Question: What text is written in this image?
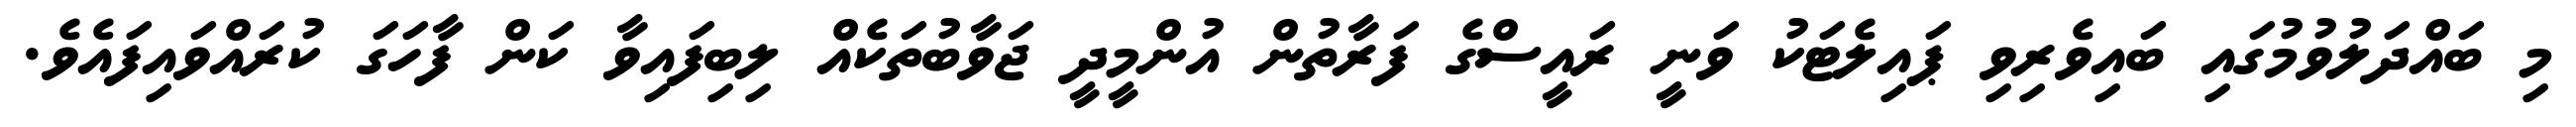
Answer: މި ބައްދަލުވުމުގައި ބައިވެރިވި ޕައިލެޓަކު ވަނީ ރައީސްގެ ފަރާތުން އުންމީދީ ޖަވާބުތަކެއް ލިބިފައިވާ ކަން ފާހަގަ ކުރައްވައިފައެވެ.